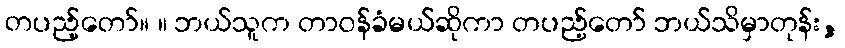
တပည့်တော်။ ။ ဘယ်သူက တာဝန်ခံမယ်ဆိုကာ တပည့်တော် ဘယ်သိမှာတုန်း,